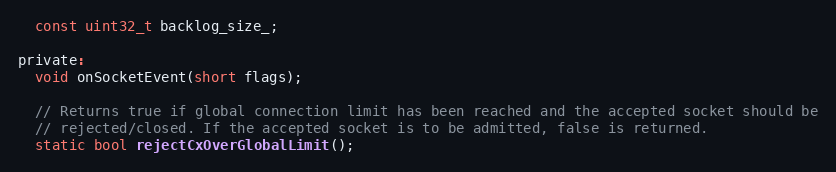
Language: C
  const uint32_t backlog_size_;

private:
  void onSocketEvent(short flags);

  // Returns true if global connection limit has been reached and the accepted socket should be
  // rejected/closed. If the accepted socket is to be admitted, false is returned.
  static bool rejectCxOverGlobalLimit();